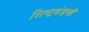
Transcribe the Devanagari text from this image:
शिष्‍टमंडलों